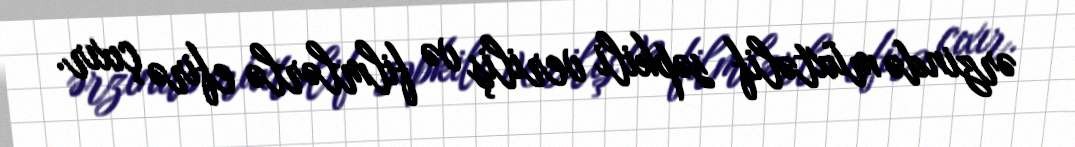
ərzində müxtəlif səpkili veriliş və filmlərlə efirə çıxır.